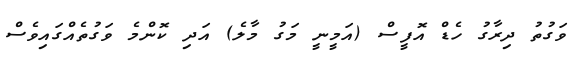
ވަގުތު ދިރާގު ހެޑް އޮފީސް (އަމީނީ މަގު މާލެ) އަދި ކޮންމެ ވަގުތެއްގައިވެސް